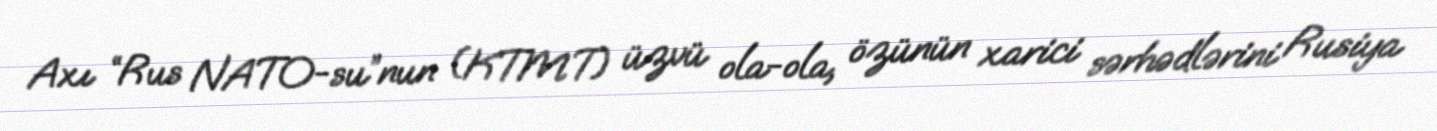
Axı “Rus NATO-su”nun (KTMT) üzvü ola-ola, özünün xarici sərhədlərini Rusiya